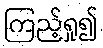
ကြည့်ရှု၍